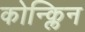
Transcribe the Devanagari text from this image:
कोन्क्लिन